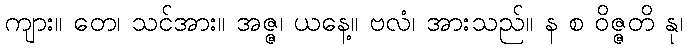
ကျား။ တေ၊ သင်အား။ အဇ္ဇ၊ ယနေ့။ ဗလံ၊ အားသည်။ န စ ဝိဇ္ဇတိ နု၊